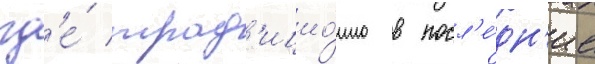
гд'е́ трад'ицио́нно в посл'е́дн'ие